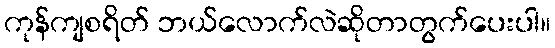
ကုန်ကျစရိတ် ဘယ်လောက်လဲဆိုတာတွက်ပေးပါ။